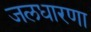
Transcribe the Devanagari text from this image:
जलधारणा